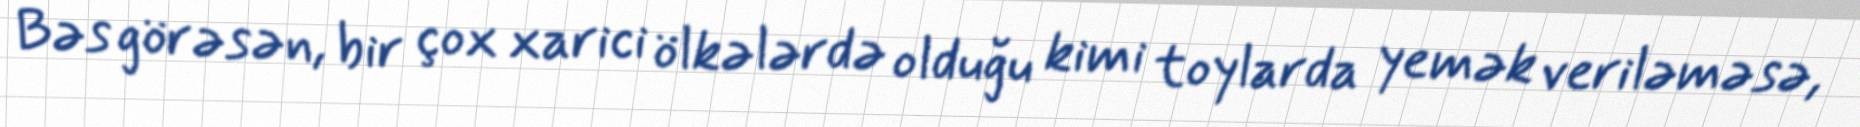
Bəs görəsən, bir çox xarici ölkələrdə olduğu kimi toylarda yemək veriləməsə,